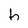
Character: h